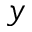
y